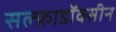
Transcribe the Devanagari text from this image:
सल्फ़ाडॉक्सीन